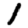
Digit: 1